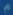
Transcribe